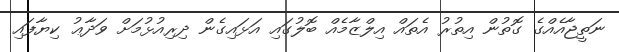
ނަތީޖާއެއްގެ ގޮތުން އިތުރު އެތައް އިލްޒާމެއް ބޮލުގައި އަޅައިގެން ދިރިއުޅުމަށް ވަދާޢު ކިޔާފައި